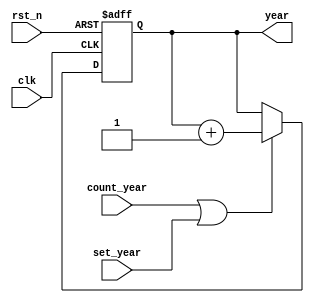
module count_year
( 
  clk
 ,rst_n
 ,count_year
 ,set_year
 ,year
);
  input             clk       ;
  input             rst_n     ;
	input             count_year;
	input             set_year  ;
  output reg [15:0] year      ;


	always @(posedge clk or negedge rst_n) begin
		if(~rst_n) begin
			year <= 16'd0;
	  end
		else if(count_year || set_year) begin
			year <= year + 16'd1;
		end
		else begin
			year <= year ;
	  end
	end
endmodule